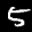
Label: 5